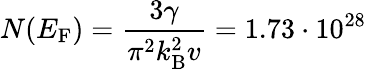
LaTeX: N(E_{\mathrm{F}})=\frac{3\gamma}{\pi^{2}k_{\mathrm{B}}^{2}v}=1.73\cdot 10^{28}